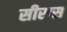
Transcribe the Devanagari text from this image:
सीरप्स